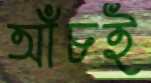
আঁচই